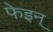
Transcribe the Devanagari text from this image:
फेइन्